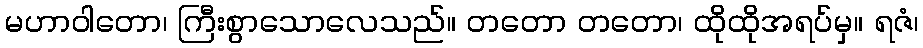
မဟာဝါတော၊ ကြီးစွာသောလေသည်။ တတော တတော၊ ထိုထိုအရပ်မှ။ ရဇံ၊